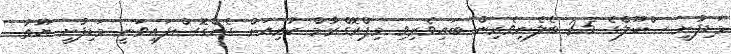
މަޑިފުށީ ސްކޫލްގެ 25 ބެލެނިވެރިން ބައިވެރިވި މިޕްރޮގްރާމް ކުރިއަށް ގެންގޮސްފައިވަނީ މަޑިފުށީ ޔޫތު